Bréfritari: Ketill Sigurðsson
Viðtakandi: Jón Borgfirðings Jónsson
Dagsetning: A-1868-11-13
Skrifað á: Miklagarði  Eyf.

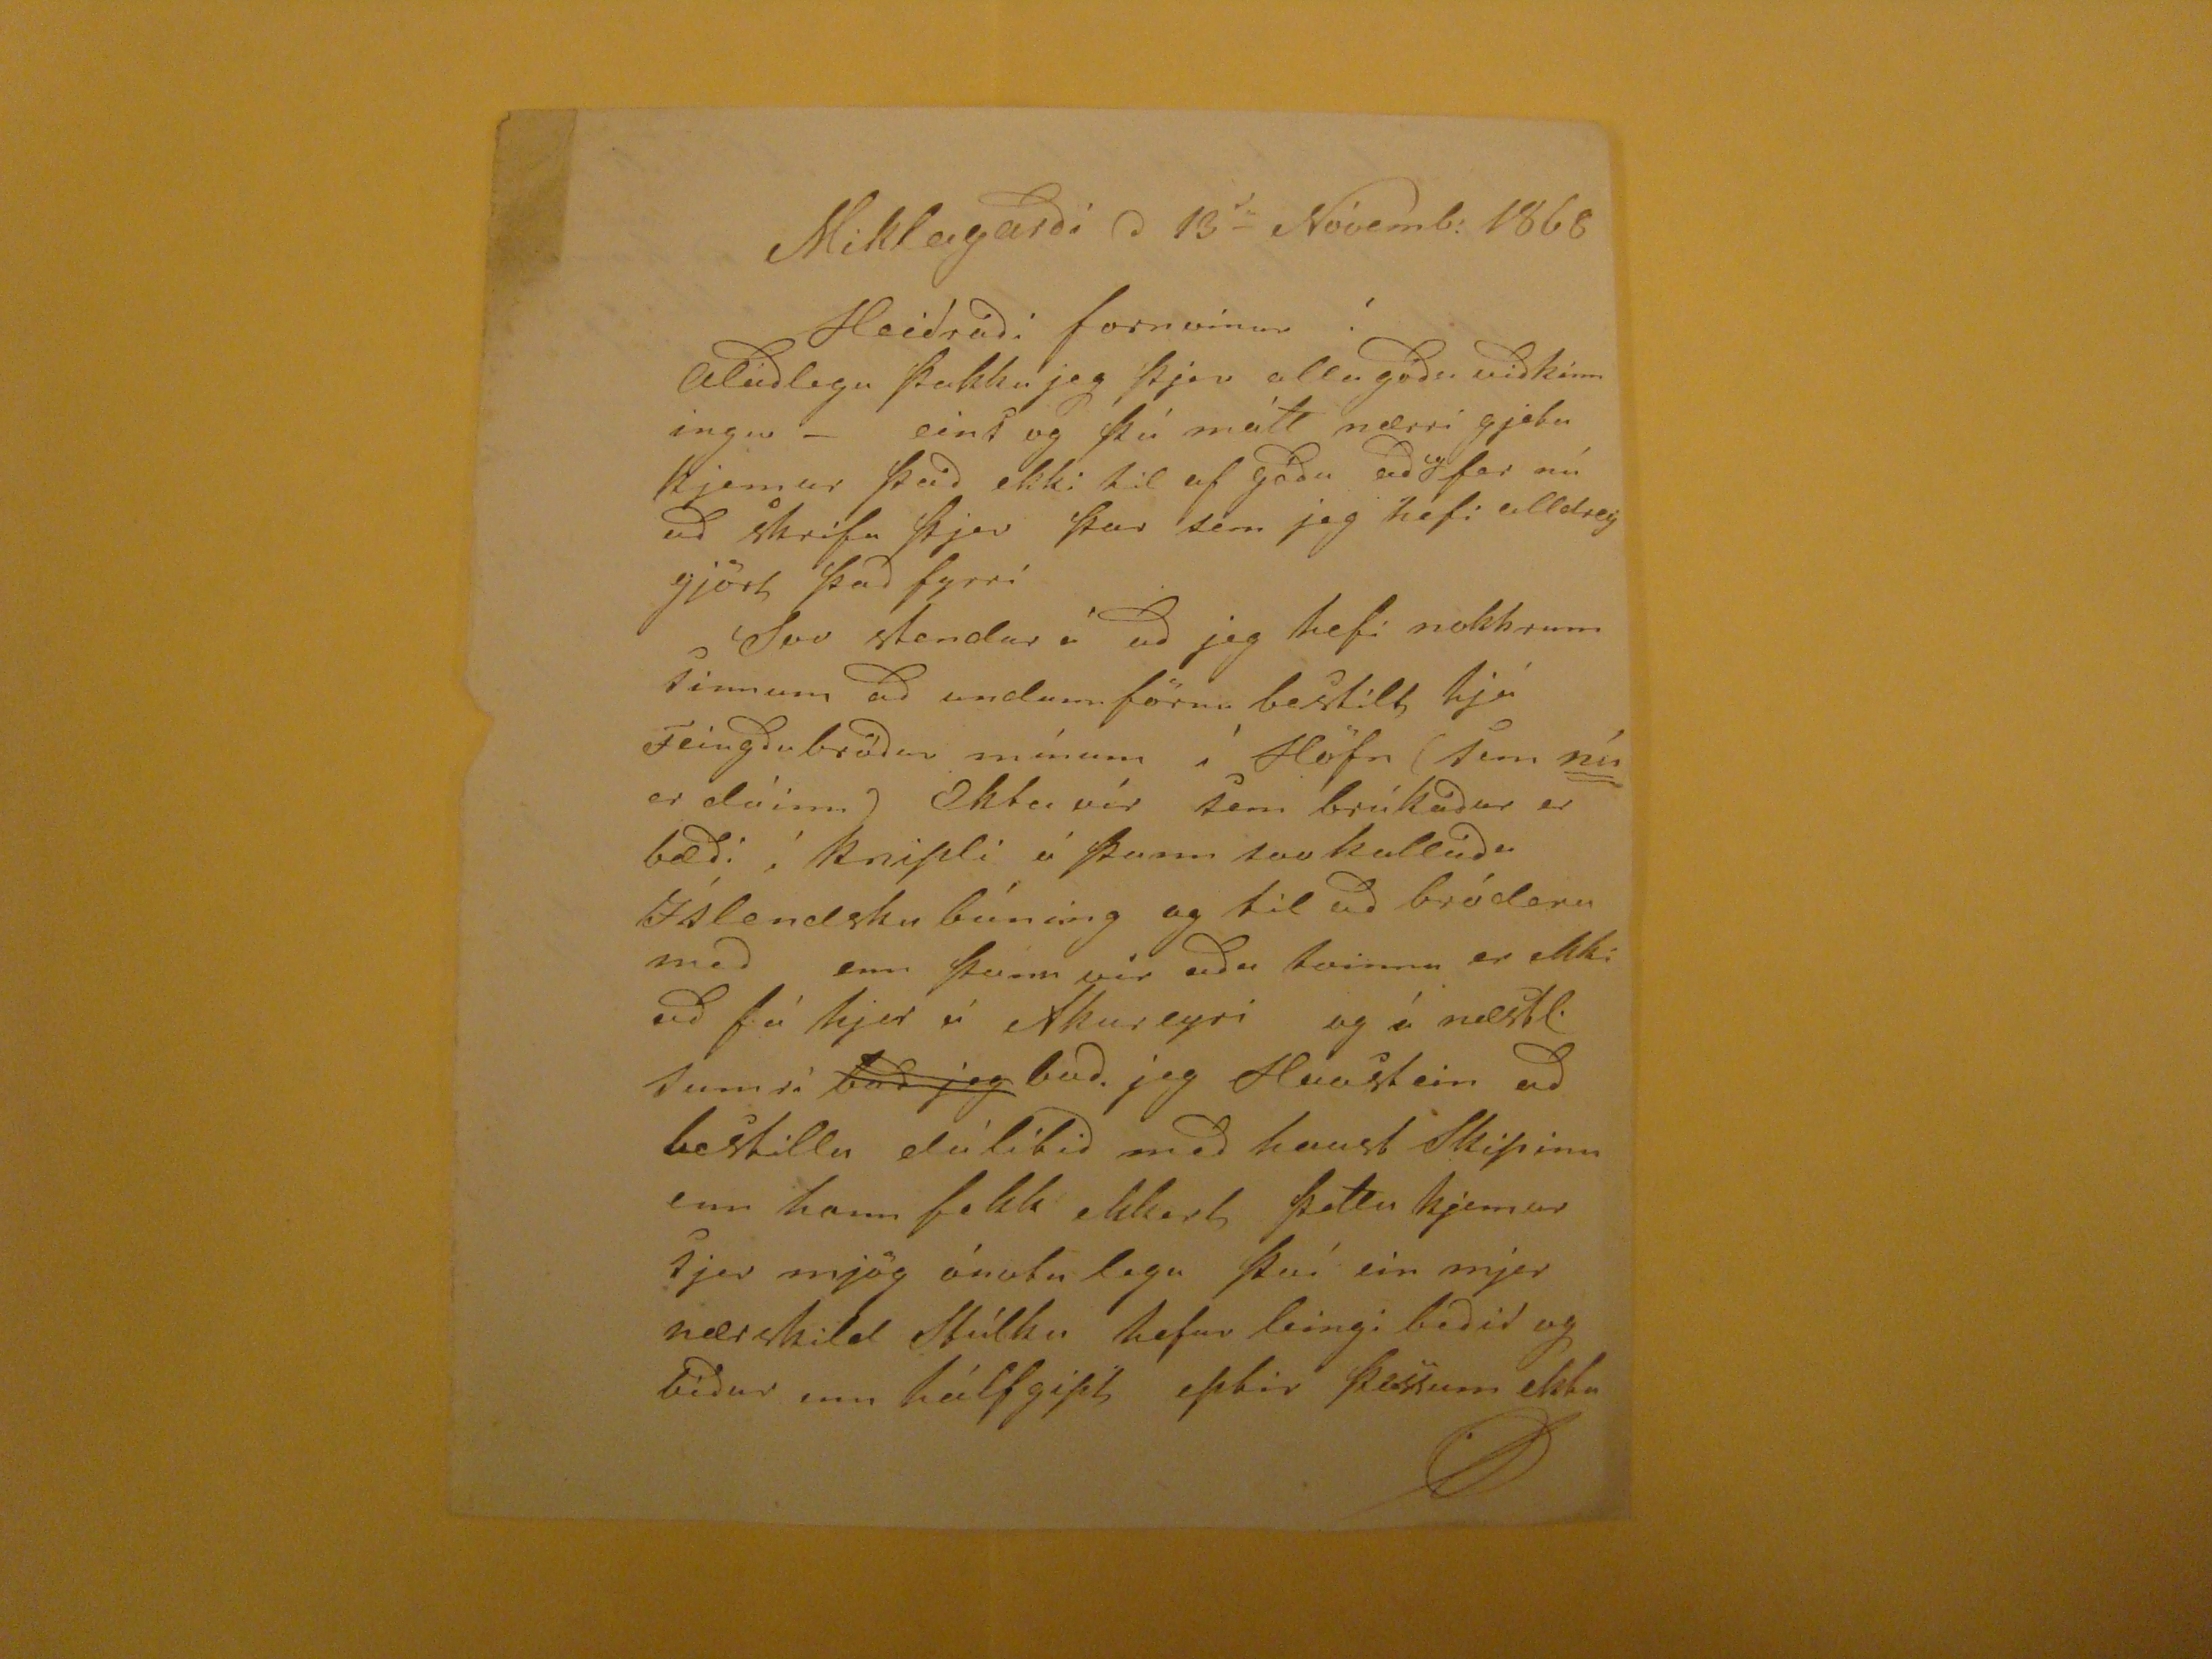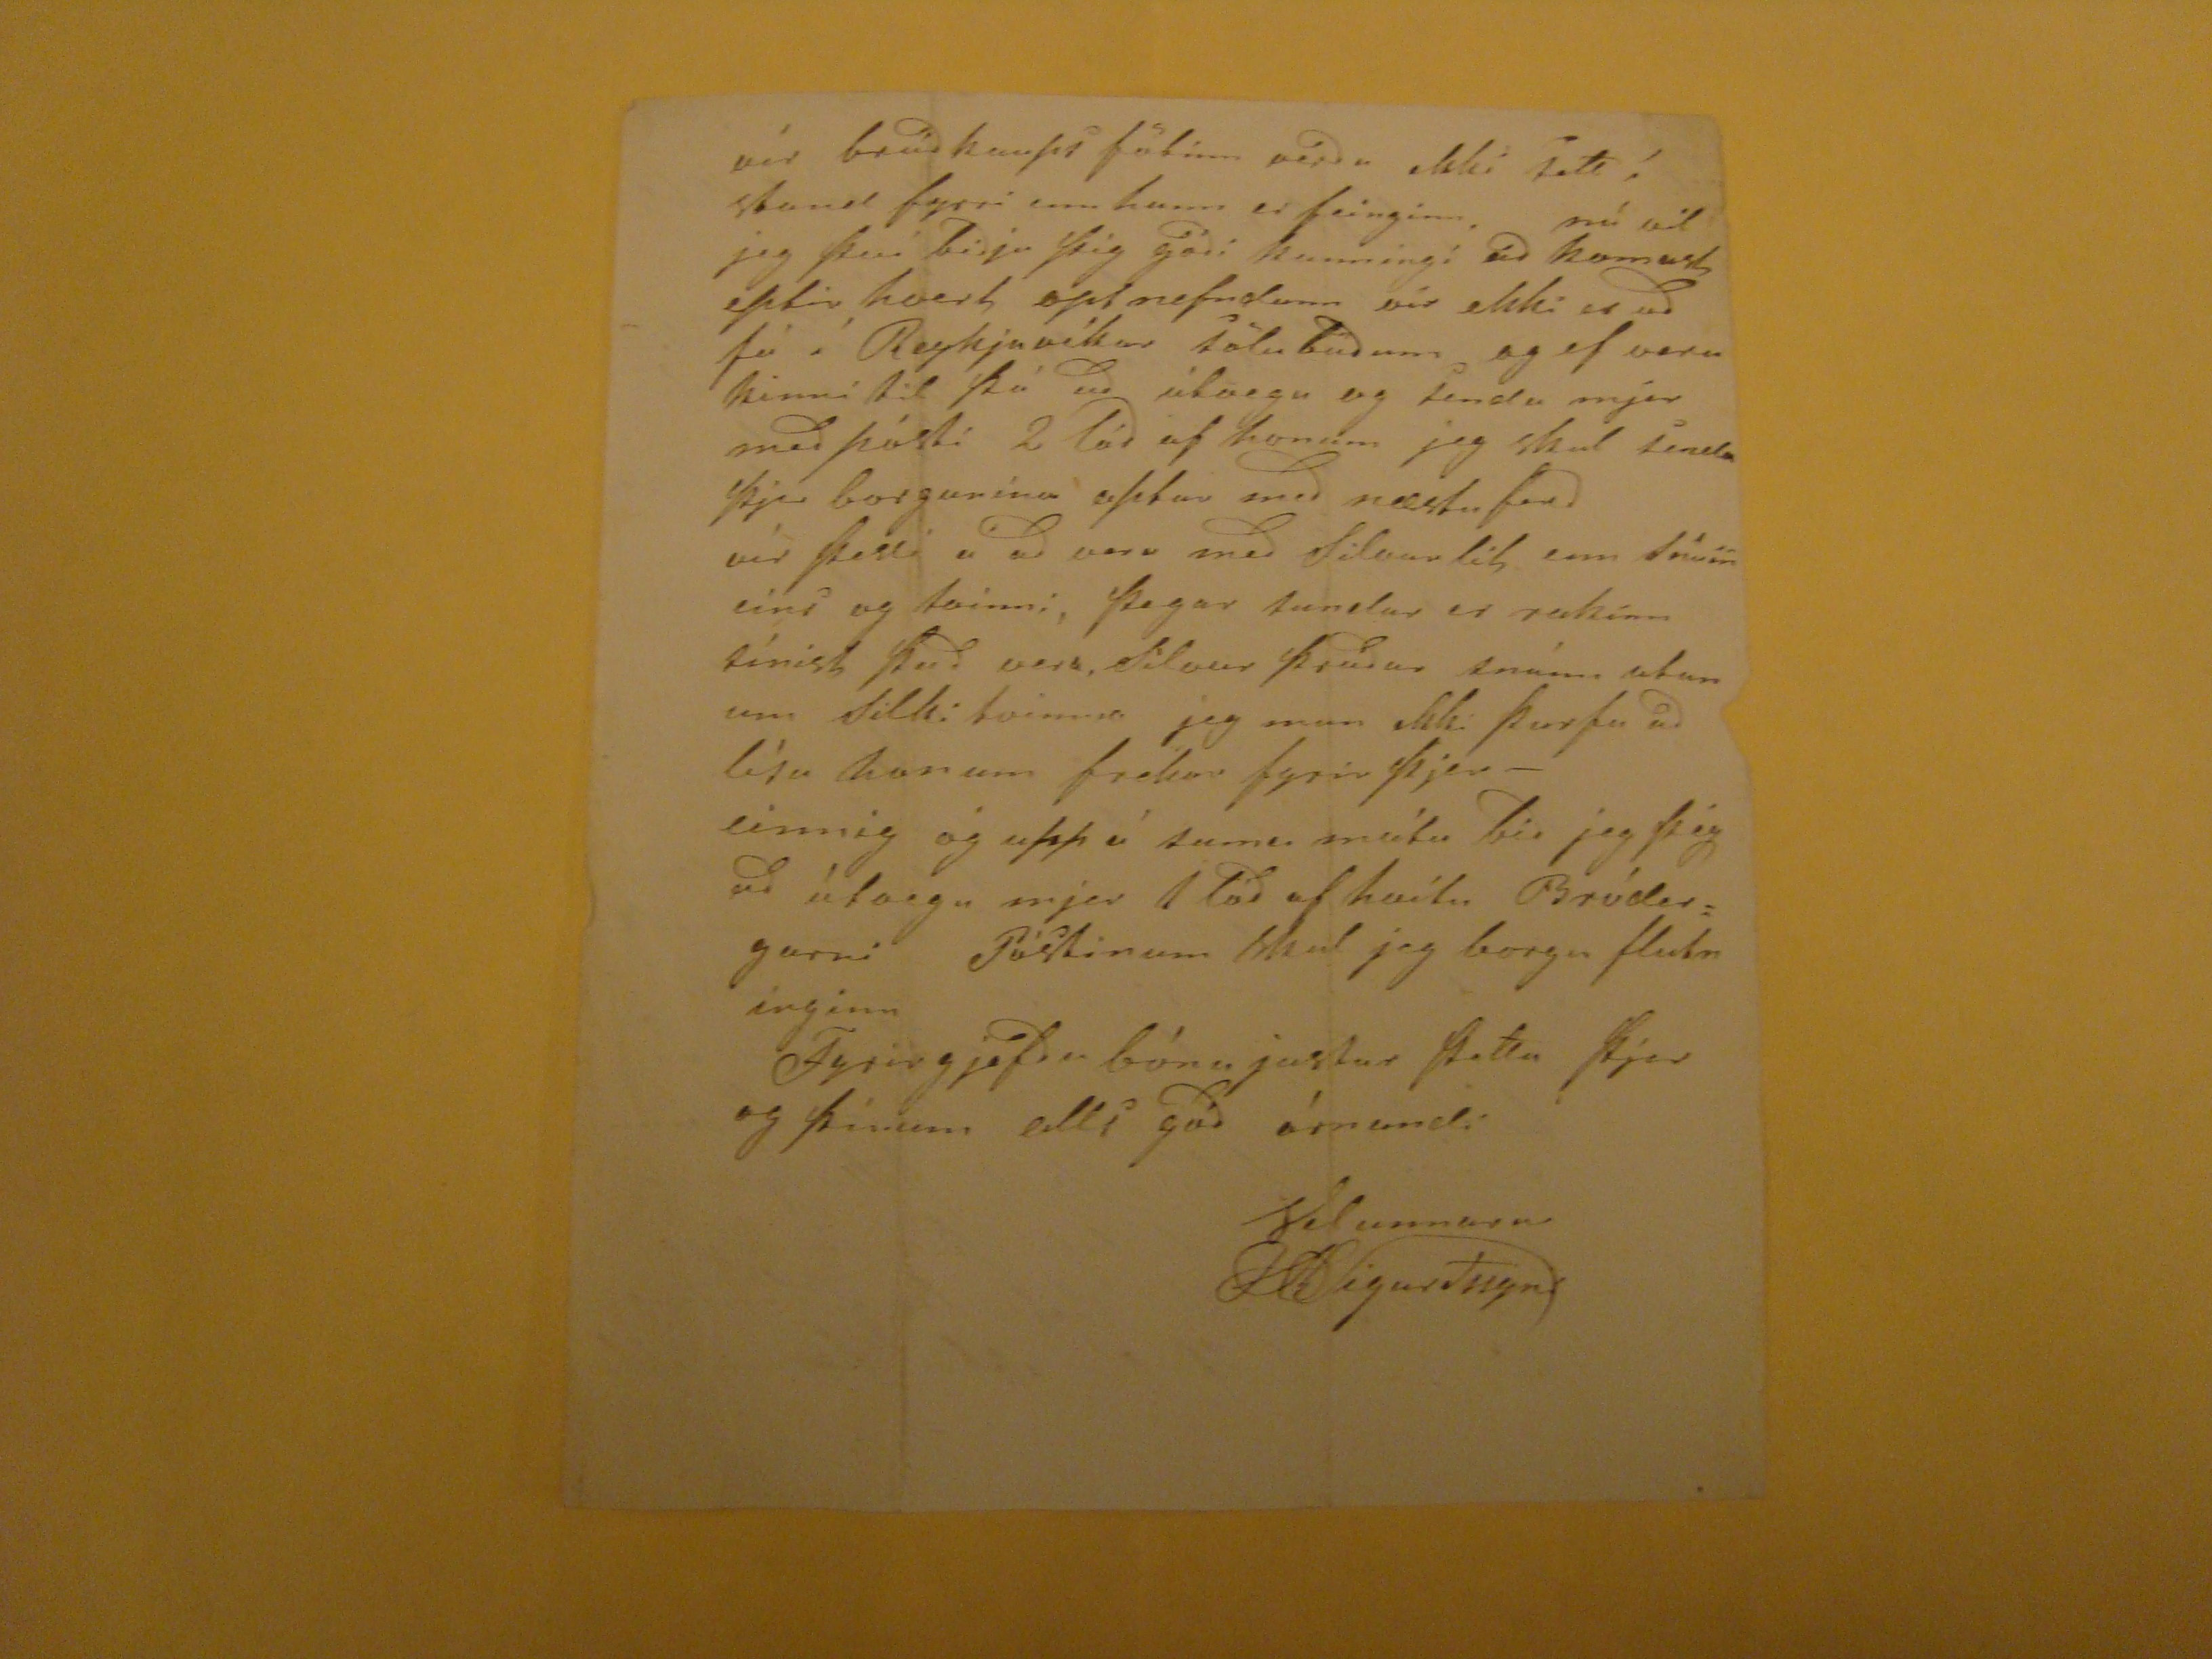

Miklagarði d 13í kaupangssveit
da
Nóvemb: 1868
Heiðraði fornvinur!
Alúðlega þakka jeg þjer alla góða viðkínningu- eins og þú mátt nærri gjeta kjemur það ekki til af góðu að
ofar
nú að skrifa þjer þar sem jeg hefi alldrey gjört það fyrri Svo stendur á að jeg hefi nokkrum sinnum að undann förnu bestilt hjá Teingðabróður mínum í Höfn (sem
nú
er dáinn)
Oktbuvír
sem brúkaður er bæði í knipli á þann svo kallaða Íslendsku búning og til að bródera með enn þann vir eða tvinna er ekki að fá hjer á Akureyri og á næstl. sumri
bað jeg
bað jeg Hvostein að bestilla dálítið með haust Skipinu enn hann fekk ekkert þetta kjemur sjer mjög ónotalega því ein mjer nærskild Stúlka hefur leingi beðið og biður enn hálfgipt eptir þessum ekta
vír brúðkaups fötinn verða ekki sett í stand fyrri enn hann er feinginn, nú vil jeg því biðja þig góði kunningi að komast eptir hvert opt nefndann vír ekki er að fá í Reykjavíkur tölubuðum og ef vera kinni til þá að útvega og senda mjer með pósti 2 lóð af honum jeg skal senda þjer borgunina aptur með næstu ferð vír þessi á að vera með Silvurlit enn snúin eins og tvinni, þegar
sundur
er rakinn sínist það vera, Silvur þráður snúinn utan um Silki tvinna jeg mun ekki þurfa að lísa honum frekar fyrir þjer- einnig og uppá sama máta bið jeg þig að útvega mjer 1 lóð af hvítu Brúdargarni Póstinum Skal jeg borga flutninginn Fyrirgjefðu bónajustur þetta þjer og þínum alls góð árnandi
Velunnara
KSigurðssyni